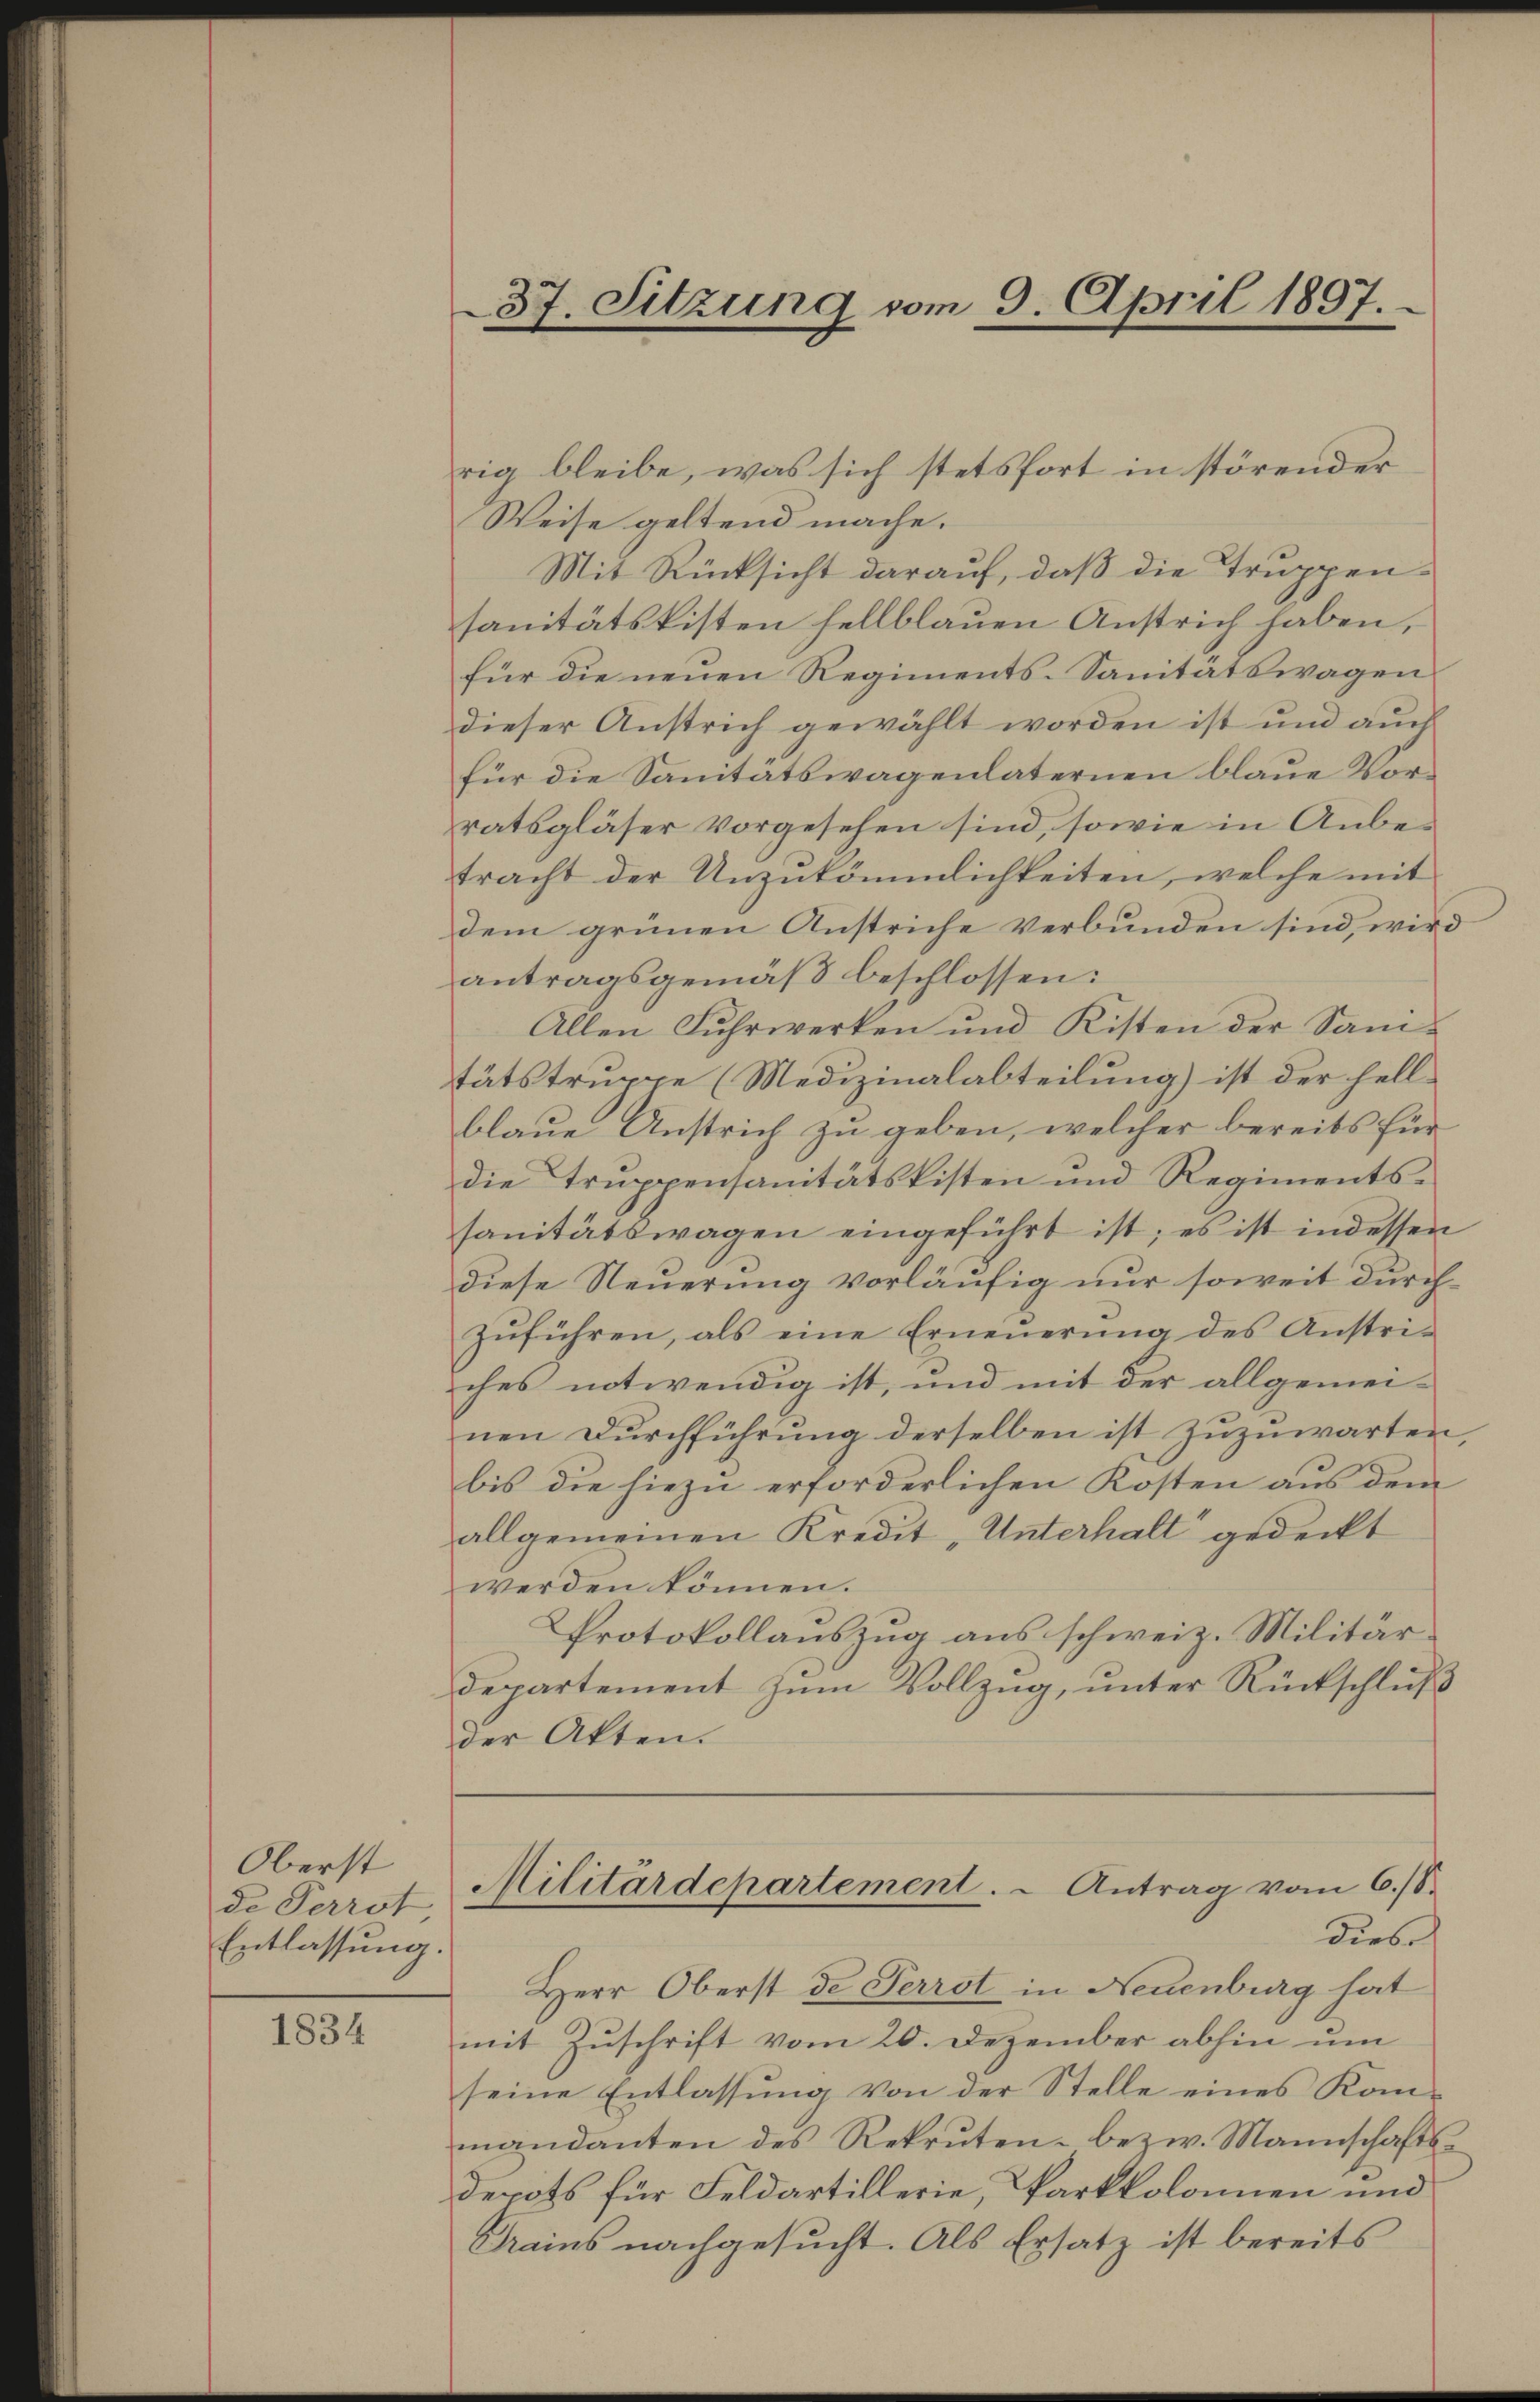
Oberst
de Perrot
Entlassung.

1834

37. Sitzung vom 9. April 1807.

rig bleibe, was sich stetsfort in störender
Weise geltend mache.
Mit Rücksicht darauf, daß die Truppen-
sanitätskisten hellblauen Anstrich haben,
für die neuen Regiments-Sanitätswagen
dieser Anstrich gewählt worden ist und auch
für die Sanitätswagenlaternen blaue Vorratsgläser vorgesehen sind, sowie in Anbetracht der Unzukömmlichkeiten, welche mit
dem grünen Anstriche verbunden sind, wird
antragsgemäß beschlossen:
Allen Fuhrwerken und Kisten der Sanitätstruppe (Medizinalabteilung) ist der hell-
blaue Anstrich zu geben, welcher bereits für
die Truppensanitätskisten und Regimentssanitätswagen eingeführt ist; es ist indessen
diese Steuerung vorläufig nur soweit durch
zŭführen, als eine Erneŭerŭng des Anstri-
ches notwendig ist, und mit der allgemeinen Durchführung derselben ist zuzuwarten,
bis die hiezu erforderlichen Kosten aus dem
allgemeinen Kredit „Unterhalt gedeckt
werden können.
Protokollauszug aus schweiz. Militärdepartement zum Vollzug, unter Rückschluß
der Akten.
Militärdepartement.  Antrag vom 6./8.
dies
Herr Oberst de Perrot in Neuenburg hat
mit Zuschrift vom 20. Dezember abhin um
seine Entlassŭng von der Stelle eines Kom-
mandanten des Rekruten bezw. Mannschafts-
depots für Feldartillerie, Sarkkolonien und
Tams nachgesucht. Als Ersatz ist bereits